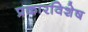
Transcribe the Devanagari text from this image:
प्रकारविशेष